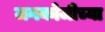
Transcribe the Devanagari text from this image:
जनकोजीच्या